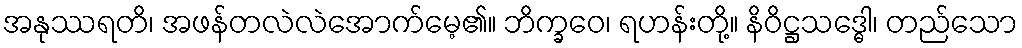
အနုဿရတိ၊ အဖန်တလဲလဲအောက်မေ့၏။ ဘိက္ခဝေ၊ ရဟန်းတို့။ နိဝိဋ္ဌသဒ္ဓေါ၊ တည်သော